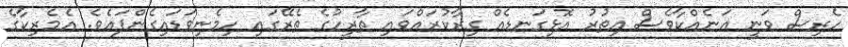
ހެރިސް ވަނީ އަނެއްކާވެސް އިތުރު އޮޅިގަނޑެއް ގިރާކުރައްވައި ތާރީހުގެ ތެރޭގައި ހިމެނިވަޑައިގެންފައެވެ. އެމެރިކާގެ